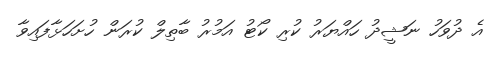
އެ ދުވަހު ނަޝީދު ހައްޔަރު ކުރި ކޯޓު އަމުރު ބާތިލް ކުރަން ހުށަހަޅާފައިވާ